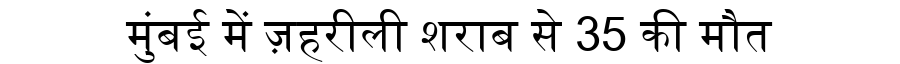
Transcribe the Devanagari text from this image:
मुंबई में ज़हरीली शराब से 35 की मौत